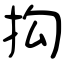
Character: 抅